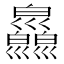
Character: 𢀎